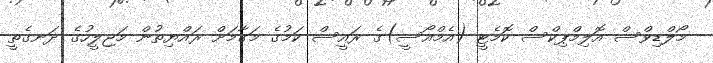
މޯލްޑިވްސް އޮލިމްޕިކްސް ކޮމެޓީ (އެމްއޯސީ)ގެ ރައީސް ކަމުގެ މަގާމަށް ރައްޔިތުން މަޖިލީހުގެ ދަނގެތީ